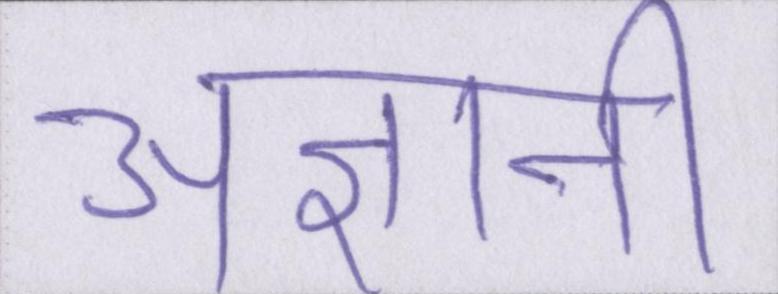
अज्ञानी